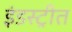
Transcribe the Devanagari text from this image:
इंडस्ट्रीत